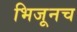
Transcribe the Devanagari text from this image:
भिजूनच